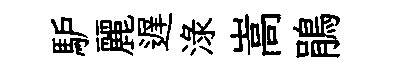
馿麗遅渌嵩鵑